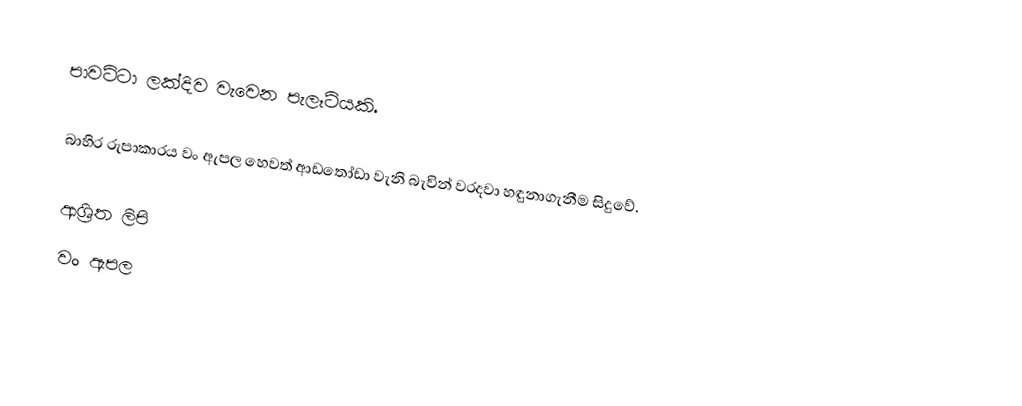
පාවට්ටා ලක්දිව වැවෙන පැලෑටියකි.

බාහිර රුපාකාරය වං ඇපල හෙවත් ආඩතෝඩා වැනි බැවින් වරදවා හඳුනාගැනීම සිදුවේ.

ආශ්‍රිත ලිපි
 වං ඇපල